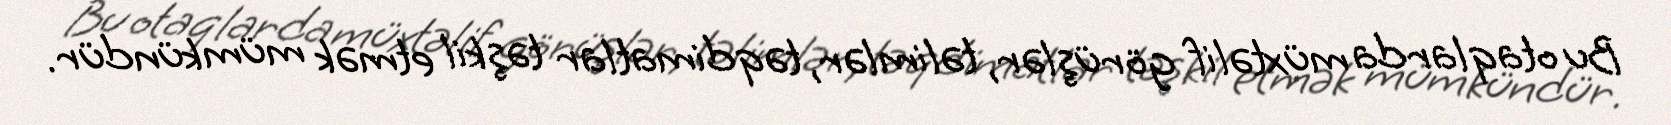
Bu otaqlarda müxtəlif görüşlər, təlimlər, təqdimatlar təşkil etmək mümkündür.